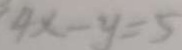
4 x - y = 5